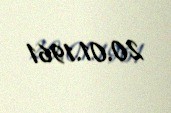
20.01.1961